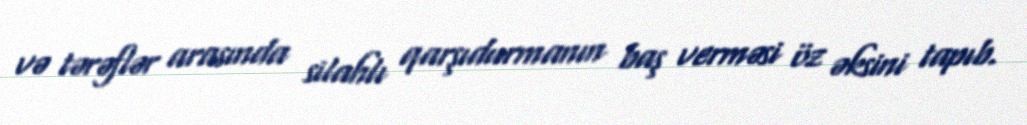
və tərəflər arasında silahlı qarşıdurmanın baş verməsi öz əksini tapıb.